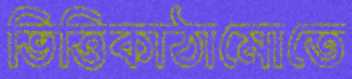
ভিত্তিকাঠামোতে